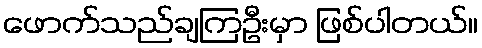
ဖောက်သည်ချကြဦးမှာ ဖြစ်ပါတယ်။